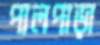
পালপাড়া